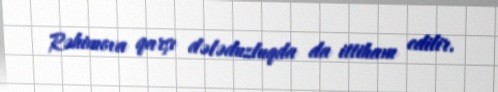
Rəhimova qarşı dələduzluqda da ittiham edilir.